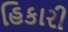
હિકારી